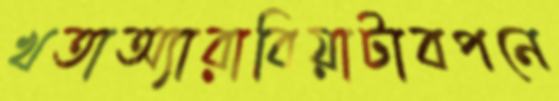
খতাঅ্যারাবিয়াটাবপনে